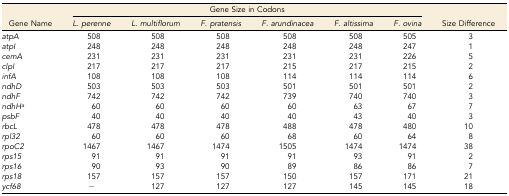
<table><thead><tr><td></td><td colspan="6"><b>Gene Size in Codons</b></td><td></td></tr><tr><td><b>Gene Name</b></td><td><b><i>L. perenne</i></b></td><td><b><i>L. multiflorum</i></b></td><td><b><i>F. pratensis</i></b></td><td><b><i>F. arundinacea</i></b></td><td><b><i>F. altissima</i></b></td><td><b><i>F. ovina</i></b></td><td><b>Size Difference</b></td></tr></thead><tbody><tr><td><i>atpA</i></td><td>508</td><td>508</td><td>508</td><td>508</td><td>508</td><td>505</td><td>3</td></tr><tr><td><i>atpI</i></td><td>248</td><td>248</td><td>248</td><td>248</td><td>248</td><td>247</td><td>1</td></tr><tr><td><i>cemA</i></td><td>231</td><td>231</td><td>231</td><td>231</td><td>231</td><td>226</td><td>5</td></tr><tr><td><i>clpI</i></td><td>217</td><td>217</td><td>217</td><td>215</td><td>217</td><td>215</td><td>2</td></tr><tr><td><i>infA</i></td><td>108</td><td>108</td><td>108</td><td>114</td><td>114</td><td>114</td><td>6</td></tr><tr><td><i>ndhD</i></td><td>503</td><td>503</td><td>503</td><td>501</td><td>501</td><td>501</td><td>2</td></tr><tr><td><i>ndhF</i></td><td>742</td><td>742</td><td>742</td><td>739</td><td>740</td><td>740</td><td>3</td></tr><tr><td><i>ndhH</i><i><sup>a</sup></i></td><td>60</td><td>60</td><td>60</td><td>60</td><td>63</td><td>67</td><td>7</td></tr><tr><td><i>psbF</i></td><td>40</td><td>40</td><td>40</td><td>40</td><td>43</td><td>40</td><td>3</td></tr><tr><td><i>rbcL</i></td><td>478</td><td>478</td><td>478</td><td>488</td><td>478</td><td>480</td><td>10</td></tr><tr><td><i>rpl32</i></td><td>60</td><td>60</td><td>60</td><td>68</td><td>60</td><td>64</td><td>8</td></tr><tr><td><i>rpoC2</i></td><td>1467</td><td>1467</td><td>1474</td><td>1505</td><td>1474</td><td>1474</td><td>38</td></tr><tr><td><i>rps15</i></td><td>91</td><td>91</td><td>91</td><td>91</td><td>93</td><td>91</td><td>2</td></tr><tr><td><i>rps16</i></td><td>90</td><td>93</td><td>90</td><td>89</td><td>86</td><td>86</td><td>7</td></tr><tr><td><i>rps18</i></td><td>157</td><td>157</td><td>157</td><td>150</td><td>157</td><td>171</td><td>21</td></tr><tr><td><i>ycf68</i></td><td>−</td><td>127</td><td>127</td><td>127</td><td>145</td><td>145</td><td>18</td></tr></tbody></table>